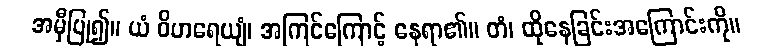
အမှီပြု၍။ ယံ ဝိဟရေယျံ၊ အကြင်ကြောင့် နေရာ၏။ တံ၊ ထိုနေခြင်းအကြောင်းကို။